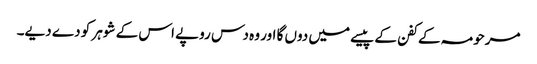
مرحومہ کے کفن کے پیسے میں دوں گا اور وہ دس روپے اس کے شوہر کو دے دیے۔